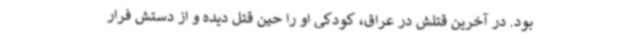
بود. در آخرین قتلش در عراق، کودکی او را حین قتل دیده و از دستش فرار